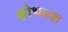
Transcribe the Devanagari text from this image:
क्षोभवश